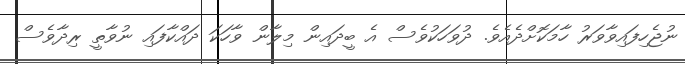
ނުޖެހިފައިވާވަރު ހާމަކޮށްދެއެވެ. ދުވަހަކުވެސް އެ ބީދައިން މިލާން ވާހަކަ ދައްކާފައި ނުވާތީ ރިދާވެސް